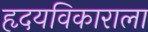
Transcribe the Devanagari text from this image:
हृदयविकाराला